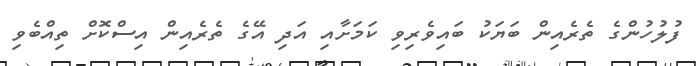
ފުލުހުންގެ ތެރެއިން ބަޔަކު ބައިވެރިވި ކަމަށާއި އަދި އޭގެ ތެރެއިން އިސްކޮށް ތިއްބެވި